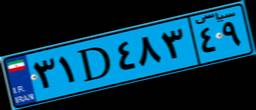
۴۴D۳۶۸۹۴